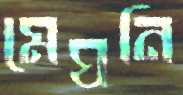
মেঘনি